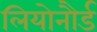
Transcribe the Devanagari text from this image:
लियोनौर्ड